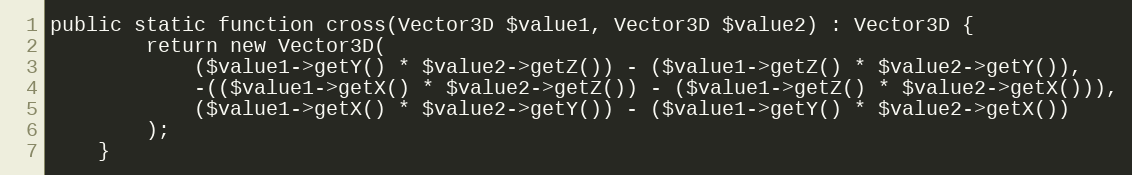
Language: PHP
public static function cross(Vector3D $value1, Vector3D $value2) : Vector3D {
        return new Vector3D(
            ($value1->getY() * $value2->getZ()) - ($value1->getZ() * $value2->getY()),
            -(($value1->getX() * $value2->getZ()) - ($value1->getZ() * $value2->getX())),
            ($value1->getX() * $value2->getY()) - ($value1->getY() * $value2->getX())
        );
    }